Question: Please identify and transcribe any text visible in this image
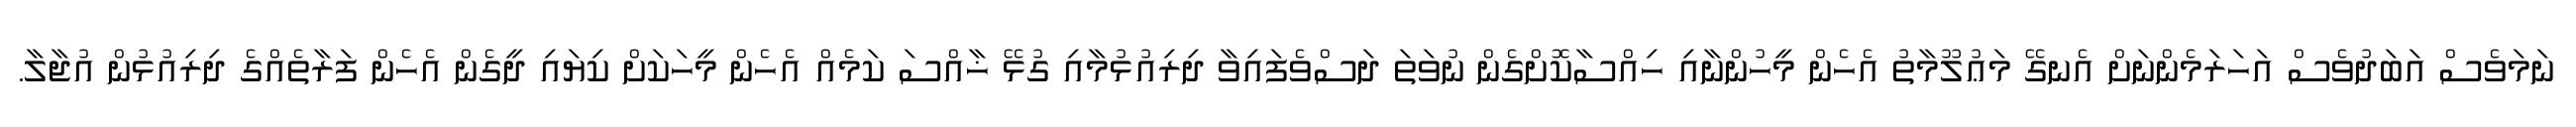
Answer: ނަމަވެސް އަބަދުވެސް އަހަރަމެންނަށް އެނގޭ މަޢުލޫމާތު އެހެން މީހުންނާއި ހިއްސާކޮށްގެން ނުވަތަ ދަސްވެފައިވާ ދިރިއުޅުމާއި ގުޅޭ ޚާއްސަ ކަމެއް އެހެން މީހަކަށް ކިޔައި ދީގެން އެހެން ފަރާތެއްގެ ދިރިއުޅުން އުޖާލާ.